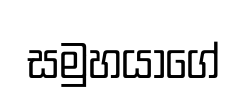
සමුහයාගේ